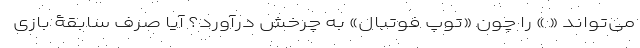
می‌تواند « » را چون «توپ فوتبال» به چرخش در‌آورد؟ آیا صِرف سابقۀ بازی